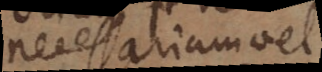
necessarium vel